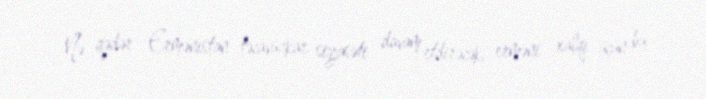
Nə qədər Ermənistan təcavüzkar siyasəti davam etdirəcək, erməni xalqı üçün bu